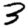
Digit: 3